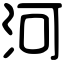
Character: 河